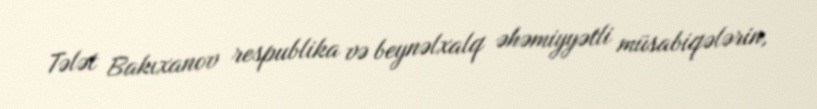
Tələt Bakıxanov respublika və beynəlxalq əhəmiyyətli müsabiqələrin,